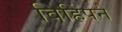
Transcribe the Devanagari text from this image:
विहिंपने